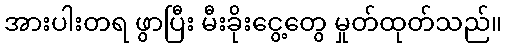
အားပါးတရ ဖွာပြီး မီးခိုးငွေ့တွေ မှုတ်ထုတ်သည်။